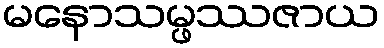
မနောသမ္ဖဿဇာယ